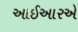
આઈઆરએ